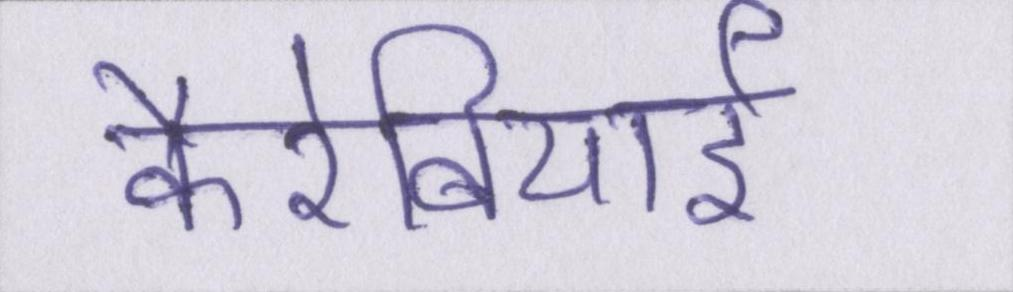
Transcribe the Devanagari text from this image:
कैरेबियाई